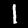
Label: 1